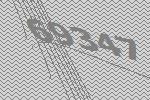
69347